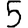
Digit: 5